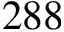
2 8 8